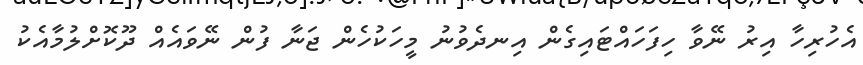
އެހުރިހާ އިރު ނޭވާ ހިފަހައްޓައިގެން އިނދެވުނު މީހަކުހެން ޖަނާ ފުން ނޭވައެއް ދޫކޮށްލުމާއެކު